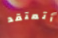
أتعتقد